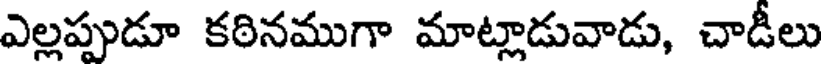
ఎల్లప్పుడూ కఠినముగా మాట్లాడువాడు, చాడీలు